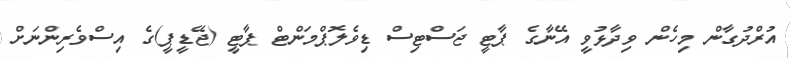
އުރްދުގާން މިހެން ވިދާޅުވީ އޭނާގެ ޕާޓީ ޖަސްޓިސް ޑިވެލޮޕްމަންޓް ޕާޓީ (ޖޭޑީޕީ)ގެ އިސްވެރިންނަށް